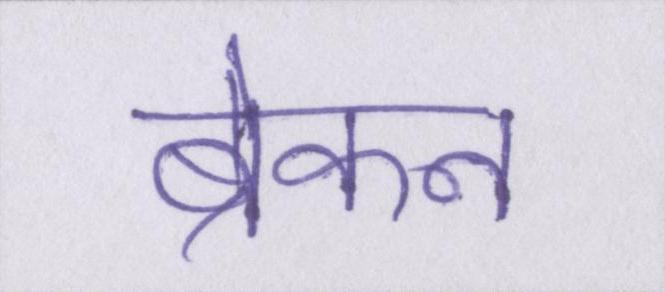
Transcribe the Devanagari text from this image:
ब्रेकन